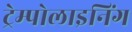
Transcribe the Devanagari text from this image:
ट्रेम्पोलाइनिंग